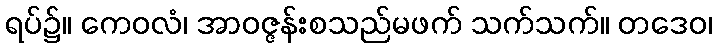
ရပ်၌။ ကေဝလံ၊ အာဝဇ္ဇန်းစသည်မဖက် သက်သက်။ တဒေဝ၊